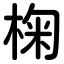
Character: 椈